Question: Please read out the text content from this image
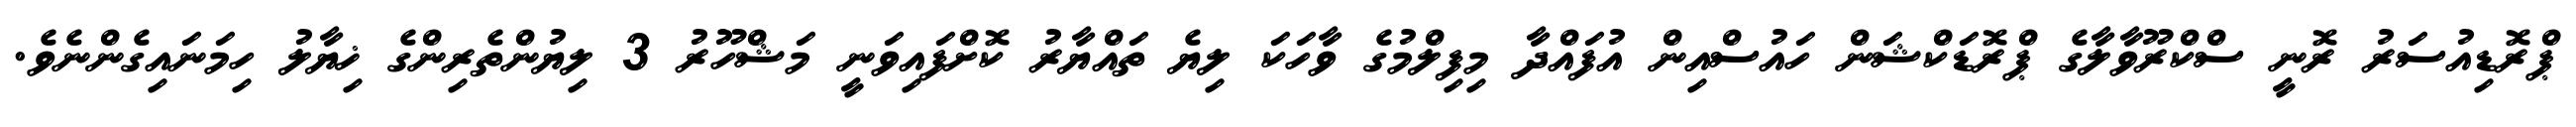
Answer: ޕްރޮޑިއުސަރު ރޮނީ ސްކްރޫވާލާގެ ޕްރޮޑަކްޝަން ހައުސްއިން އުފައްދާ މިފިލްމުގެ ވާހަކަ ލިޔެ ތައްޔާރު ކޮށްފައިވަނީ މަޝްހޫރު 3 ލިޔުންތެރިންގެ ޚިޔާލު ހިމަނައިގެންނެވެ.